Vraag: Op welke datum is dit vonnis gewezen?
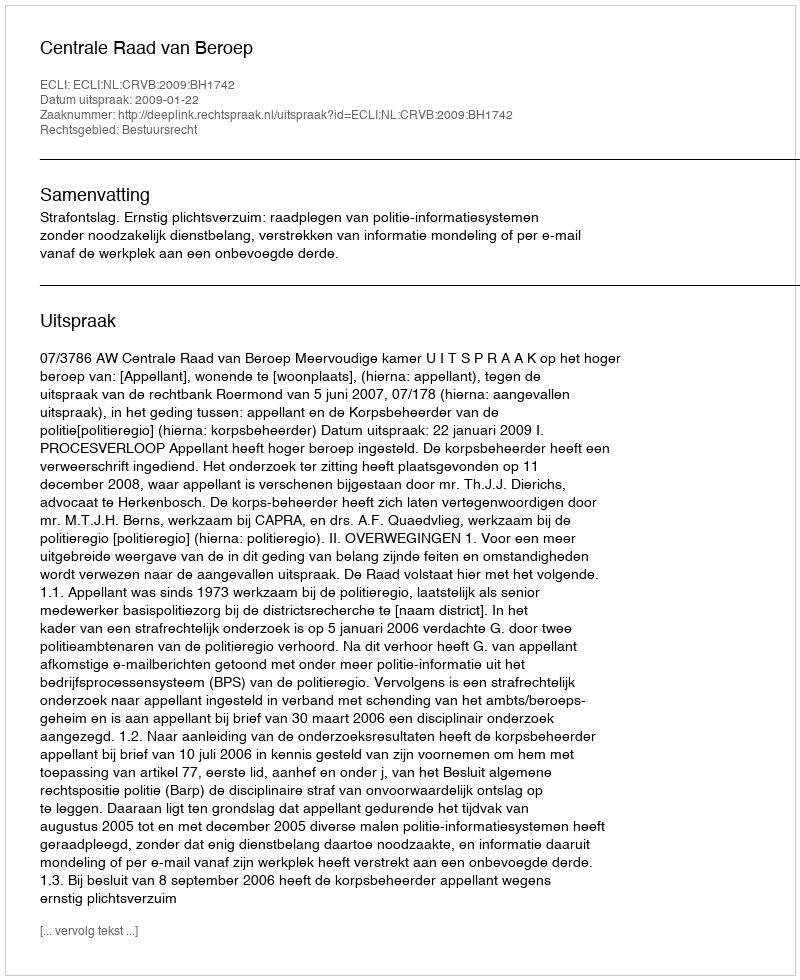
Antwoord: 2009-01-22